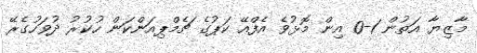
މާޒިޔާ އަތުން 1-0 އިން މޮޅުވެ އެފްއޭ ކަޕުގެ ޗެމްޕިއަންކަން ހުކުރު ދުވަހުގެރޭ